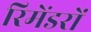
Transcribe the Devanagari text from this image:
रिमेंडरों